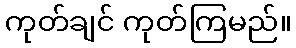
ကုတ်ချင် ကုတ်ကြမည်။